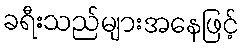
ခရီးသည်များအနေဖြင့်